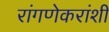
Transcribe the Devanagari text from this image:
रांगणेकरांशी